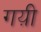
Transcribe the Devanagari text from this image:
गय़ी